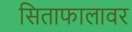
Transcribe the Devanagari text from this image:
सिताफालावर